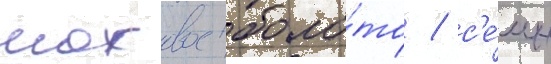
моховое боло́то / с'е́мь